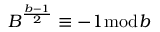
B ^ { \frac { b - 1 } { 2 } } \equiv - 1 { \bmod { b } }